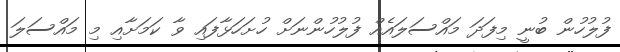
ފުލުހުން ބުނީ މިފަދަ މައްސަލައެއް ފުލުހުންނަށް ހުށަހަޅާފައި ވާ ކަމަށާއި މި މައްސަލަ